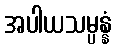
အပါယသမ္ပန္နံ